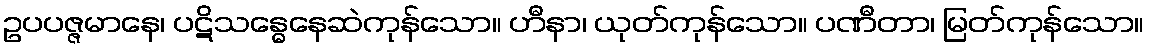
ဥပပဇ္ဇမာနေ၊ ပဋိသန္ဓေနေဆဲကုန်သော။ ဟီနာ၊ ယုတ်ကုန်သော။ ပဏီတာ၊ မြတ်ကုန်သော။